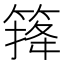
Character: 𥰏